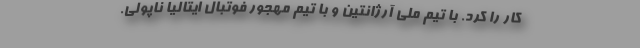
کار را کرد. با تیم ملی آرژانتین و با تیم مهجور فوتبال ایتالیا ناپولی.